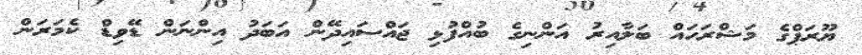
ޔޫރަޕްގެ މަޝްރަހައް ބަލާއިރު އަންނިގެ ބުއްފުޅި ޖައްސައިދޭން އަބަދު އިންނަން ޑޭވިޑް ކެމަރަން